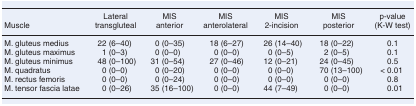
| Muscle | Lateral transgluteal | MIS anterior | MIS anterolateral | MIS 2-incision | MIS posterior | p-value (K-W test) |
 | --- | --- | --- | --- | --- | --- | --- |
 | M. gluteus medius | 22 (6–40) | 0 (0–35) | 18 (6–27) | 26 (14–40) | 18 (0–22) | 0.1 |
 | M. gluteus maximus | 1 (0–3) | 0 (0–0) | 0 (0–0) | 0 (0–5) | 2 (0–5) | 0.1 |
 | M. gluteus minimus | 48 (0–100) | 31 (0–54) | 27 (0–46) | 12 (0–21) | 24 (0–45) | 0.5 |
 | M. quadratus | 0 (0–0) | 0 (0–20) | 0 (0–0) | 0 (0–0) | 70 (13–100) | < 0.01 |
 | M. rectus femoris | 0 (0–0) | 0 (0–24) | 0 (0–0) | 0 (0–0) | 0 (0–0) | 0.8 |
 | M. tensor fascia latae | 0 (0–26) | 35 (16–100) | 0 (0–0) | 44 (7–49) | 0 (0–0) | 0.01 |